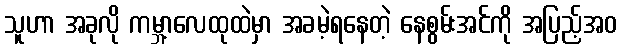
သူဟာ အခုလို ကမ္ဘာ့လေထုထဲမှာ အခမဲ့ရနေတဲ့ နေစွမ်းအင်ကို အပြည့်အဝ